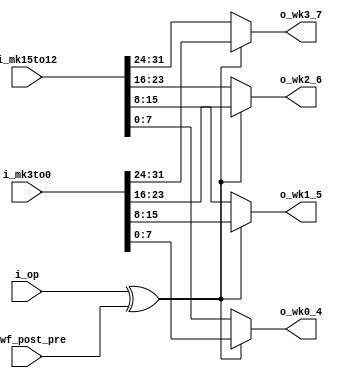
//////////////////////////////////////////////////////////////////////
////                                                              ////
////  Whitening key generator of key scheduler                    ////
////  for HIGHT Crypto Core                                       ////
////                                                              ////
////  This file is part of the HIGHT Crypto Core project          ////
////  http://github.com/OpenSoCPlus/hight_crypto_core             ////
////  http://www.opencores.org/project,hight                      ////
////                                                              ////
////  Description                                                 ////
////  __description__                                             ////
////                                                              ////
////  Author(s):                                                  ////
////      - JoonSoo Ha, json.ha@gmail.com                         ////
////      - Younjoo Kim, younjookim.kr@gmail.com                  ////
////                                                              ////
//////////////////////////////////////////////////////////////////////
////                                                              ////
//// Copyright (C) 2015 Authors, OpenSoCPlus and OPENCORES.ORG    ////
////                                                              ////
//// This source file may be used and distributed without         ////
//// restriction provided that this copyright statement is not    ////
//// removed from the file and that any derivative work contains  ////
//// the original copyright notice and the associated disclaimer. ////
////                                                              ////
//// This source file is free software; you can redistribute it   ////
//// and/or modify it under the terms of the GNU Lesser General   ////
//// Public License as published by the Free Software Foundation; ////
//// either version 2.1 of the License, or (at your option) any   ////
//// later version.                                               ////
////                                                              ////
//// This source is distributed in the hope that it will be       ////
//// useful, but WITHOUT ANY WARRANTY; without even the implied   ////
//// warranty of MERCHANTABILITY or FITNESS FOR A PARTICULAR      ////
//// PURPOSE.  See the GNU Lesser General Public License for more ////
//// details.                                                     ////
////                                                              ////
//// You should have received a copy of the GNU Lesser General    ////
//// Public License along with this source; if not, download it   ////
//// from http://www.opencores.org/lgpl.shtml                     ////
////                                                              ////
//////////////////////////////////////////////////////////////////////

module WKG(
	i_op          , 

	i_wf_post_pre ,
	
	i_mk3to0      ,
	i_mk15to12    , 

	o_wk3_7       ,  
	o_wk2_6       ,   
	o_wk1_5       ,  
	o_wk0_4         
);


//=====================================
//
//          PARAMETERS 
//
//=====================================


//=====================================
//
//          I/O PORTS 
//
//=====================================
input       i_op          ; 

input       i_wf_post_pre ;

input[31:0] i_mk3to0      ;
input[31:0] i_mk15to12    ; 

output[7:0] o_wk3_7       ;  
output[7:0] o_wk2_6       ;   
output[7:0] o_wk1_5       ;  
output[7:0] o_wk0_4       ; 


//=====================================
//
//          REGISTERS
//
//=====================================


//=====================================
//
//          WIRES
//
//=====================================
wire        w_out_sel;


//=====================================
//
//          MAIN
//
//=====================================
// w_out_sel
assign      w_out_sel = i_op ^ i_wf_post_pre; // 0 if 2 signals have same value
                                              // 1 if 2 signals hava different value

// o_wk3_7
assign      o_wk3_7 = (~w_out_sel) ? i_mk15to12[31:24] : // w_out_sel == 0
                                     i_mk3to0[31:24]   ; // w_out_sel == 1 
// o_wk2_6
assign      o_wk2_6 = (~w_out_sel) ? i_mk15to12[23:16] : // w_out_sel == 0
                                     i_mk3to0[23:16]   ; // w_out_sel == 1 
// o_wk1_5
assign      o_wk1_5 = (~w_out_sel) ? i_mk15to12[15:8]  : // w_out_sel == 0
                                     i_mk3to0[15:8]    ; // w_out_sel == 1  
// o_wk0_4
assign      o_wk0_4 = (~w_out_sel) ? i_mk15to12[7:0]   : // w_out_sel == 0
                                     i_mk3to0[7:0]     ; // w_out_sel == 1  

endmodule